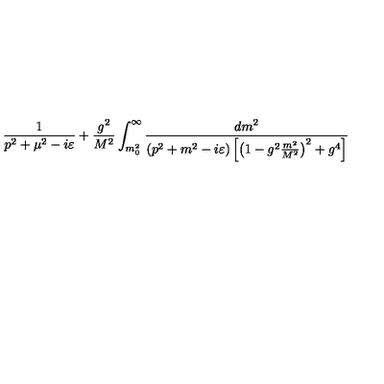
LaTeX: { \frac { 1 } { p ^ { 2 } + \mu ^ { 2 } - i \varepsilon } } + { \frac { g ^ { 2 } } { M ^ { 2 } } } \int _ { m _ { 0 } ^ { 2 } } ^ { \infty } { \frac { d m ^ { 2 } } { \left( p ^ { 2 } + m ^ { 2 } - i \varepsilon \right) \left[ \left( 1 - g ^ { 2 } { \frac { m ^ { 2 } } { M ^ { 2 } } } \right) ^ { 2 } + g ^ { 4 } \right] } }